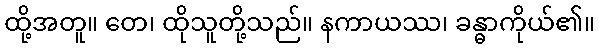
ထို့အတူ။ တေ၊ ထိုသူတို့သည်။ နကာယဿ၊ ခန္ဓာကိုယ်၏။